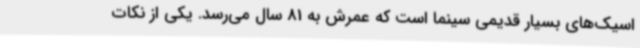
اسیک‌های بسیار قدیمی سینما است که عمرش به 81 سال می‌رسد. یکی از نکات